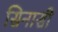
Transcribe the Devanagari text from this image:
सिनासी